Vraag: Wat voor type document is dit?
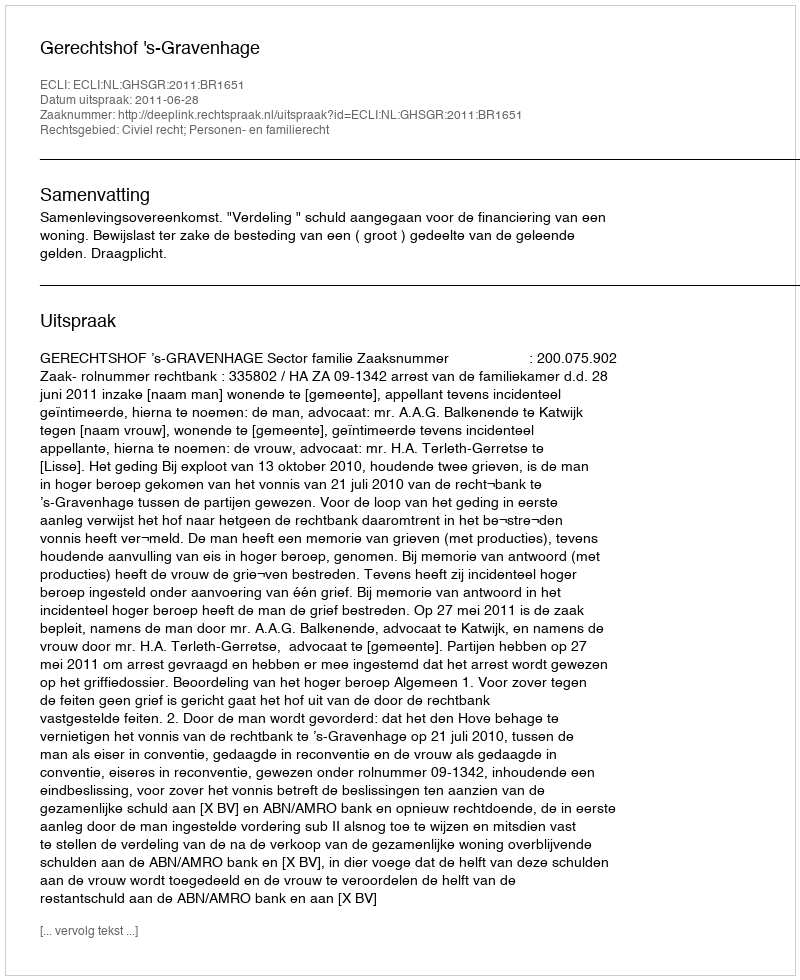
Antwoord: Uitspraak